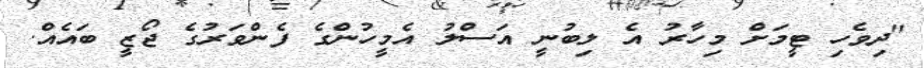
"ދިވެހި ޓީމަށް މިހާރު އެ ލިބުނީ އަސްލު އެމީހުންގެ ފެންވަރުގެ ޖޯޒީ ބައެއް.